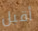
أقبل